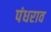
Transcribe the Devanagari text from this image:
पंधराव